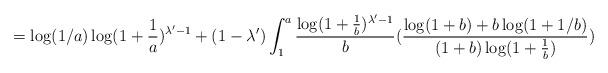
LaTeX: \begin{align*}=\log(1/a)\log(1+\frac{1}{a})^{\lambda'-1}+(1-\lambda')\int_1^a \frac{\log(1+\frac{1}{b})^{\lambda'-1}}{b}(\frac{\log(1+b)+b\log(1+1/b)}{(1+b)\log(1+\frac{1}{b})})\end{align*}